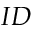
I D